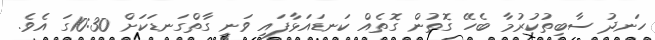
ހަނދު ސާބިތުކުރުމާ ބެހޭ ގޮތުން ގޮތެއް ކަނޑައަޅާފައި ވަނީ ގާތްގަނޑަކަށް 10:30ގަ އެވެ.